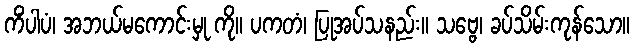
ကိံပါပံ၊ အဘယ်မကောင်းမှု ကို။ ပကတံ၊ ပြုအပ်သနည်း။ သဗ္ဗေ၊ ခပ်သိမ်းကုန်သော။